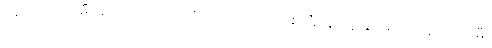
ပိုရှင်းအောင် မီးခြစ်ဘူး ကလေးကိုပဲ စဉ်းစား၊ ဂက်(စ်) မီးခြစ်ဘူးလေးကို ကြည့်လေ၊ မီး